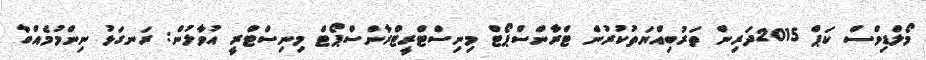
މޯލްޑިވްސް ކަޕް 2015ދަރިން ތަރުބިއްޔަތުކުރުން ޓްރާންސްޕޯޓް މިނިސްޓްރީޓްރާންސްޕޯޓް މިނިސްޓްރީ އުވާލުން: ރަނގަޅު ނިންމުމެއްބާ